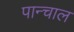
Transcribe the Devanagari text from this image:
पान्चाल